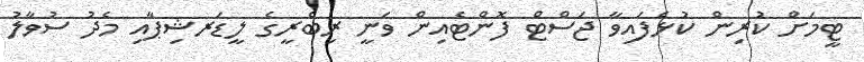
ޓީމަށް ކުރިން ކުޅެފައިވާ ޖަސްޓް ފޮންޓެއިން ވަނީ ރިބެރީގެ ލީޑަރޝިޕާއި މެދު ސުވާލު